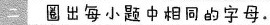
二圈出每小题中相同的字母。